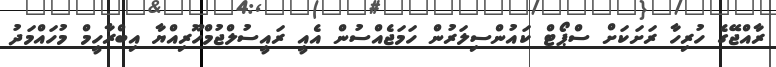
ރާއްޖޭގެ ހުރިހާ ރަށަކަށް ސްޕޯޓް ކައުންސިލަރުން ހަމަޖެއްސުން އެއީ ރައީސުލްޖުމްހޫރިއްޔާ އިބްރާހީމް މުހައްމަދު